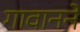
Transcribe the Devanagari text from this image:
गावानने